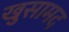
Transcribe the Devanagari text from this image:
खुसामद